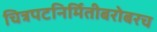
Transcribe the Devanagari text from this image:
चित्रपटनिर्मितीबरोबरच